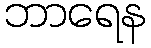
ဘာရေန